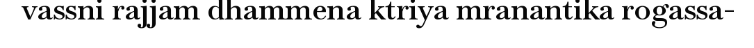
vassni rajjam dhammena ktriya mranantika rogassa-